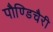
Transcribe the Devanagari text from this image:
पौण्डिचैरी